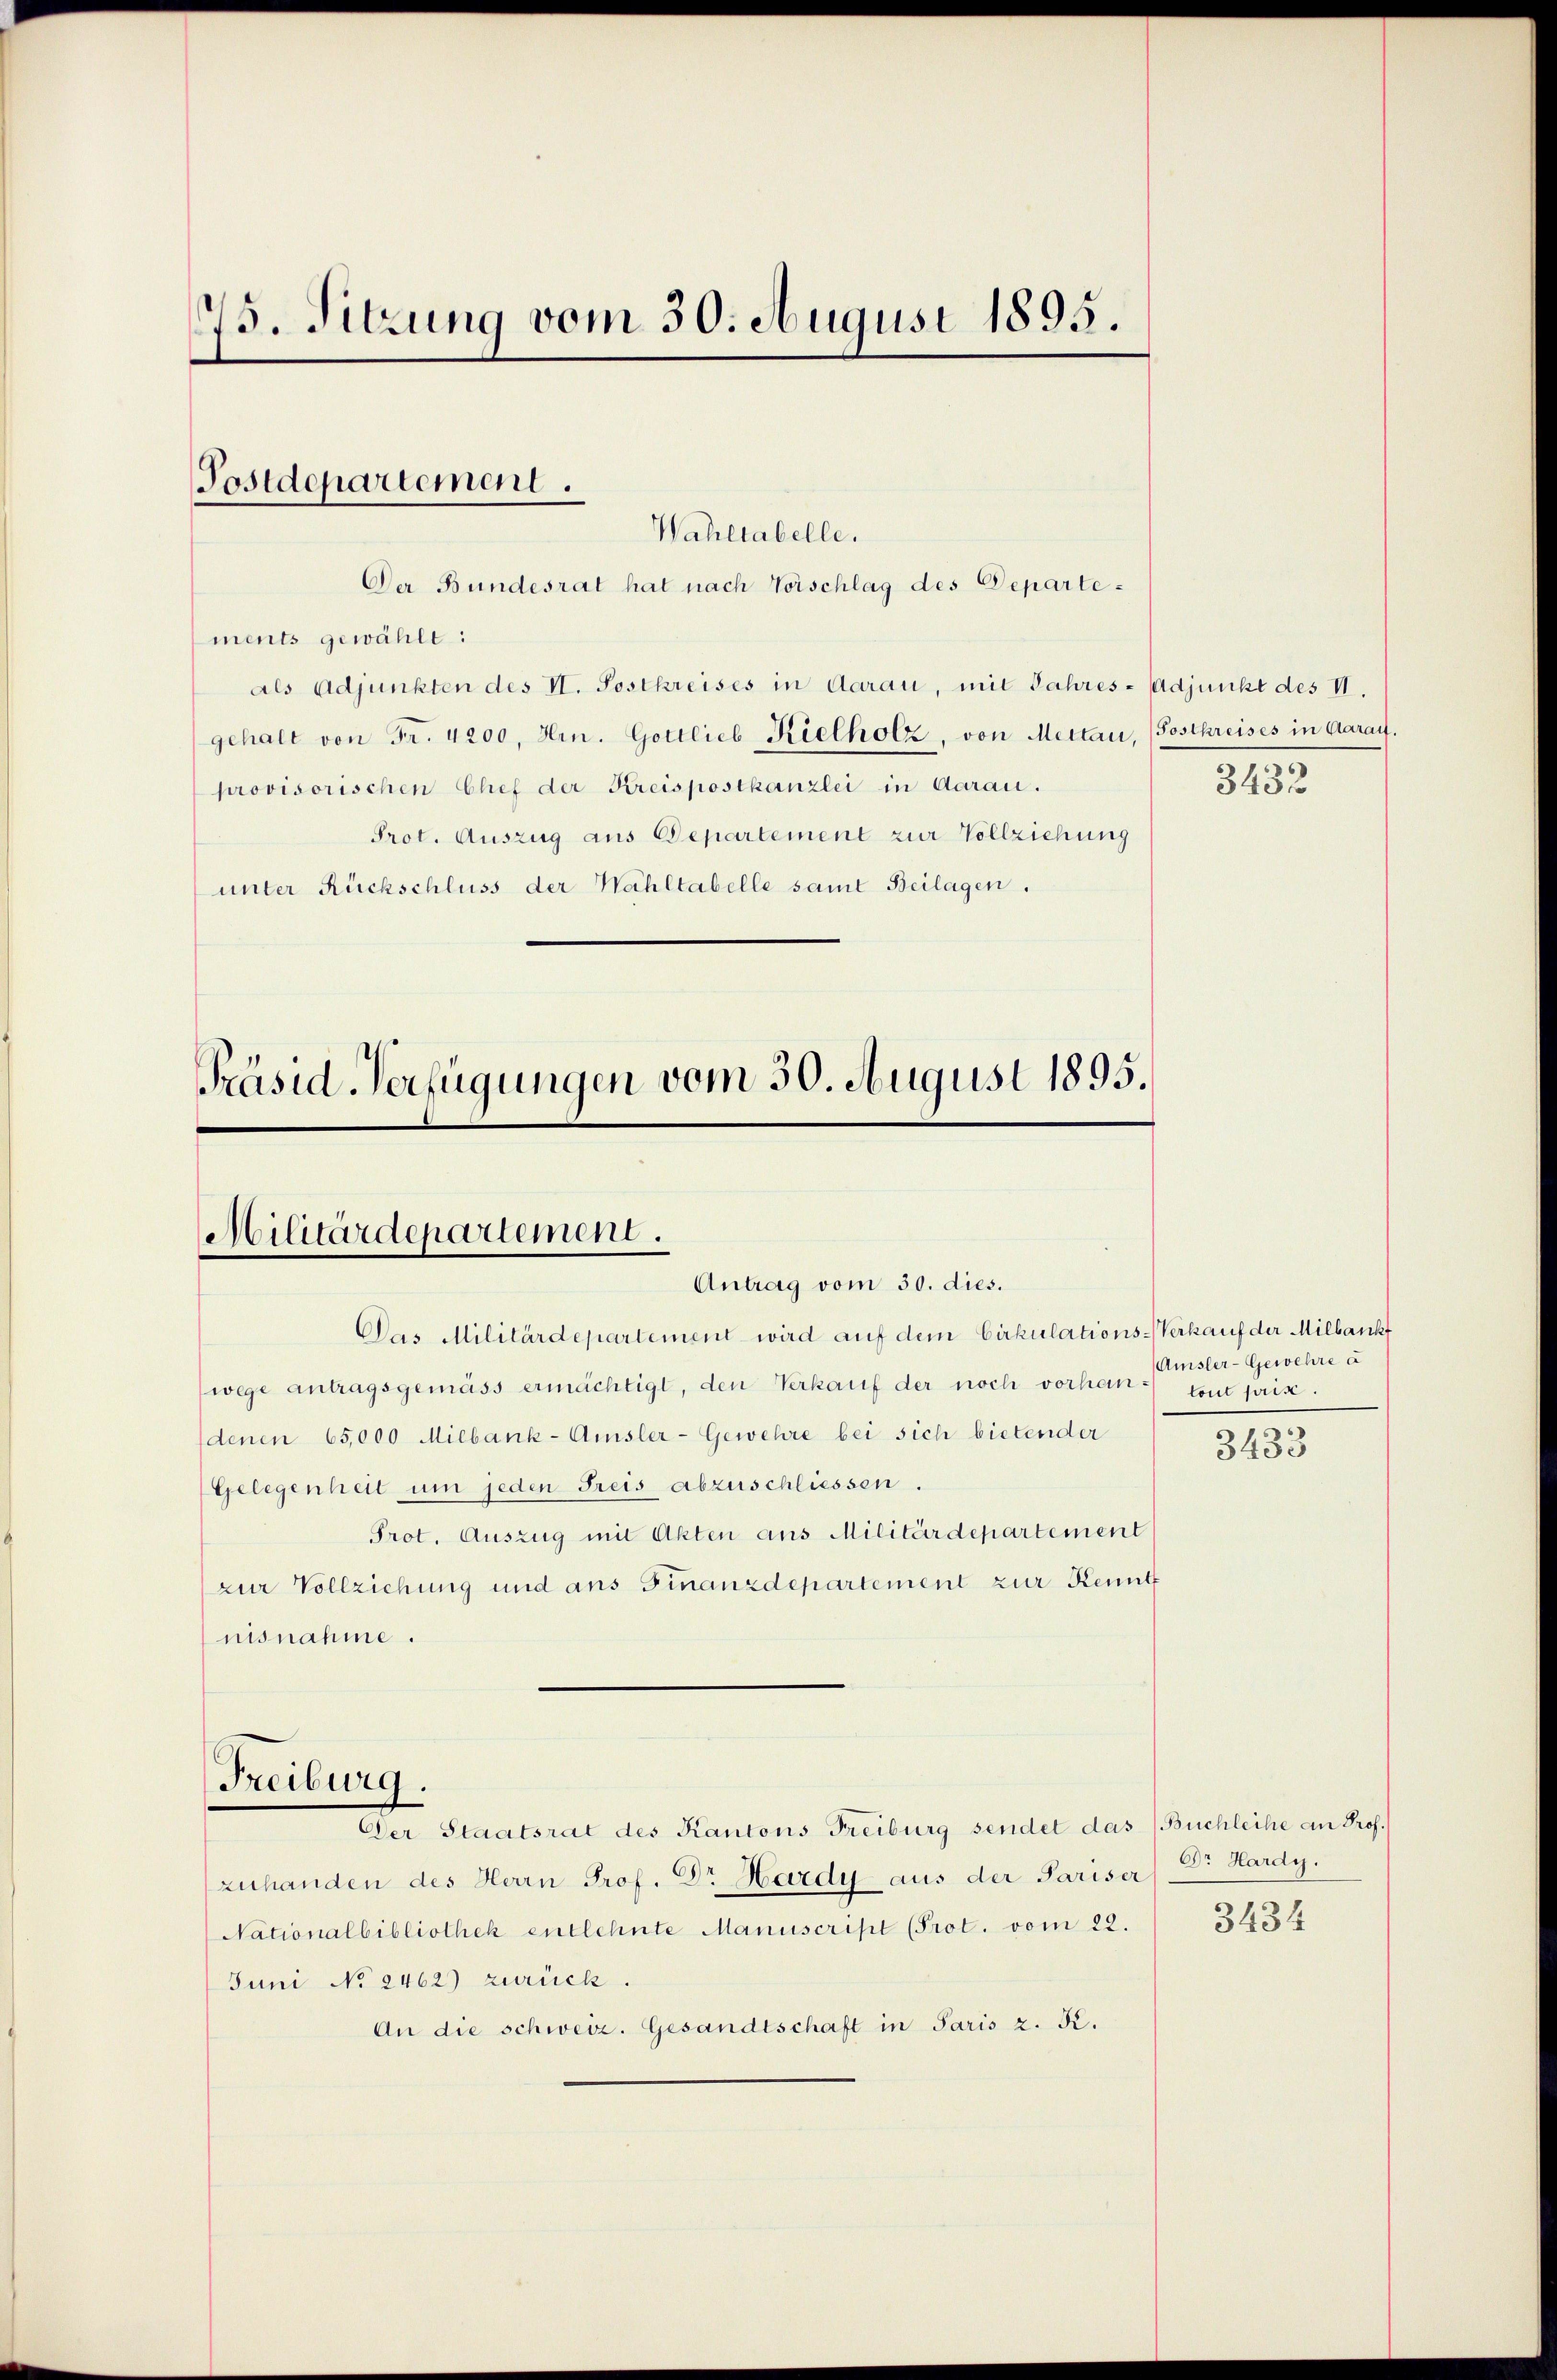
75. Sitzung vom 30. August 1895.

Der Bundesrat hat nach Vorschlag des Departements gewählt:
als Adjunkten des II. Postkreises in darau, mit Jahres-Adjunkt des II.
gehalt von Fr. 4200, Hrn. Gottlieb Kielholz, von Mettau, (Postkreises in Aarauf.
provisorischen Chef der Kreispostkanzlei in Aarau.
Prot. Auszug aus Departement zur Vollziehung
unter Rückschluss der Wahltabelle samt Beilagen.

Postdepartement.
Wahltabelle.

Präsid-Verfügungen vom 30. August 1895.

Militärdepartement.
Antrag vom 30. dies.

Das Militärdepartement wird auf dem Cirkulations-Verkauf der Milbank
wege antragsgemäss ermächtigt, den Verkauf der noch vorhan- tout prise.
denen 65,000 Milbank-Amsler-Gewehre bei sich bietender
Gelegenheit um jeden Freis abzuschliessen.
Prot. Auszug mit Akten aus Militärdepartement
zur Vollziehung und ans Finanzdepartement zur Kennt
nisnahme.
Freiburg.
Der Staatsrat des Kantons Freiburg sendet das Buchleihe an Prof.
zuhanden des Herrn Prof. Dr Hardy aus der Pariser
Nationalbibliothek entlehnte Manuscript (Prot. vom 22.
Juni No 2462) zurück.
An die schweiz. Gesandtschaft in Paris z. K.

3432

(Amsler-Gewehre a

3433

Dr Hardy.

3434